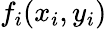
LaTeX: f_{i}(x_{i},y_{i})